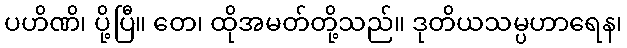
ပဟိဏိ၊ ပို့ပြီ။ တေ၊ ထိုအမတ်တို့သည်။ ဒုတိယသမ္ပဟာရေန၊